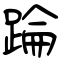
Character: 踚